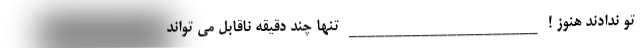
تو ندادند هنوز ! _____________________ تنها چند دقیقه ناقابل مى تواند